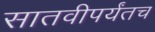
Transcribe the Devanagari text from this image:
सातवीपर्यंतच